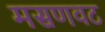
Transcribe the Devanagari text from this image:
मसणवट